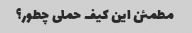
مطمئن این کیف حملی چطور؟